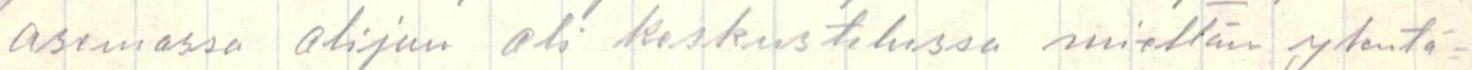
asemassa olijan oli keskustelussa mieltäin ylentä=